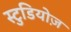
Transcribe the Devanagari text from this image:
स्टुडियोज़